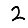
Digit: 2